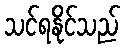
သင်ရနိုင်သည်